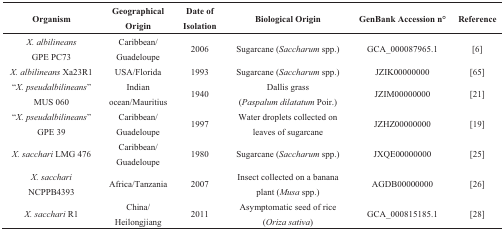
<table><thead><tr><td><b>Organism</b></td><td><b>Geographical Origin</b></td><td><b>Date of Isolation</b></td><td><b>Biological Origin</b></td><td><b>GenBank Accession n°</b></td><td><b>Reference</b></td></tr></thead><tbody><tr><td><i>X. albilineans</i> GPE PC73</td><td>Caribbean/Guadeloupe</td><td>2006</td><td>Sugarcane (<i>Saccharum</i> spp.)</td><td>GCA_000087965.1</td><td>[6]</td></tr><tr><td><i>X. albilineans</i> Xa23R1</td><td>USA/Florida</td><td>1993</td><td>Sugarcane (<i>Saccharum</i> spp.)</td><td>JZIK00000000</td><td>[65]</td></tr><tr><td>“<i>X. pseudalbilineans</i>” MUS 060</td><td>Indian ocean/Mauritius</td><td>1940</td><td>Dallis grass (<i>Paspalum dilatatum</i> Poir.)</td><td>JZIM00000000</td><td>[21]</td></tr><tr><td>“<i>X. pseudalbilineans</i>” GPE 39</td><td>Caribbean/Guadeloupe</td><td>1997</td><td>Water droplets collected on leaves of sugarcane</td><td>JZHZ00000000</td><td>[19]</td></tr><tr><td><i>X. sacchari</i> LMG 476</td><td>Caribbean/Guadeloupe</td><td>1980</td><td>Sugarcane (<i>Saccharum</i> spp.)</td><td>JXQE00000000</td><td>[25]</td></tr><tr><td><i>X. sacchari</i> NCPPB4393</td><td>Africa/Tanzania</td><td>2007</td><td>Insect collected on a banana plant (<i>Musa</i> spp.)</td><td>AGDB00000000</td><td>[26]</td></tr><tr><td><i>X. sacchari</i> R1</td><td>China/Heilongjiang</td><td>2011</td><td>Asymptomatic seed of rice (<i>Oriza sativa</i>)</td><td>GCA_000815185.1</td><td>[28]</td></tr></tbody></table>